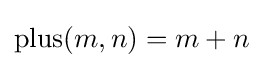
\operatorname {plus} (m,n)=m+n